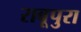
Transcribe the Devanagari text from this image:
राबूपुरा